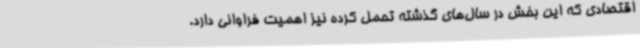
اقتصادی که این بخش در سال‌های گذشته تحمل کرده نیز اهمیت فراوانی دارد.